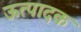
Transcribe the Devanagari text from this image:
ऊत्पादक